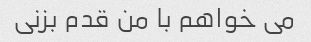
می خواهم با من قدم بزنی